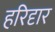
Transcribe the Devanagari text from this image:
हरिदृार